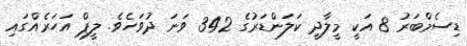
ޑިސެމްބަރު 8 އަކީ މީލާދީ ކަލަންޑަރުގެ 342 ވަނަ ދުވަހެވެ. ލީޕް އަހަރެއްގައި